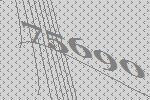
75690